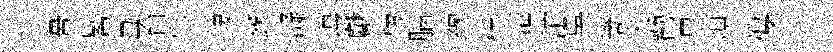
暈晷母貟牛悽嶔凝诲獻榜腦練桴茫沱吳箇犬勸晃規僂